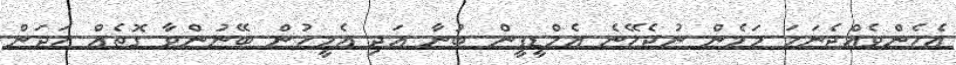
އެހެންވެއްޖެނަމަ މަމެން ނުޖެހޭނެ އެމްޑީޕީން ބުނާ އަދި އެމީހުން ބޭނުންވާ ގޮތެއް ހަދަން